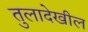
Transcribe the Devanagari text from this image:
तुलादेखील